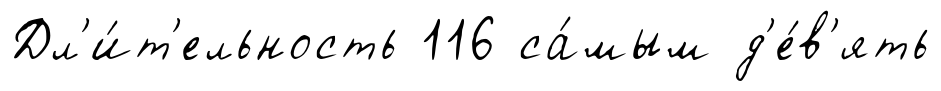
Дл'и́т'ельность 116 са́мым д'е́в'ять